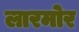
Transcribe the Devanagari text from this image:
लारमोर